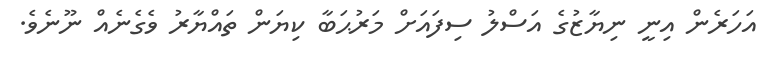
އަހަރެން އިނީ ނިޔާޒުގެ އަސްލު ސިފައަށް މަރުޙަބާ ކިޔަން ތައްޔާރު ވެގެނެއް ނޫނެވެ.